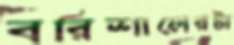
বরিশালেরটা